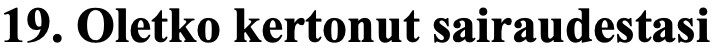
19. Oletko kertonut sairaudestasi